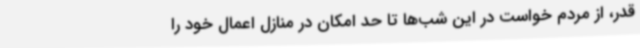
قدر، از مردم خواست در این شب‌ها تا حد امکان در منازل اعمال خود را